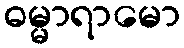
ဓမ္မာရာမော